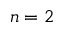
n = 2